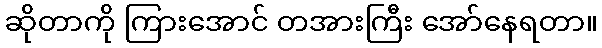
ဆိုတာကို ကြားအောင် တအားကြီး အော်နေရတာ။